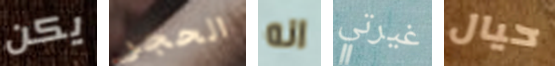
يكن الحجر انه غيرتي حيال